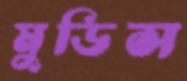
মুডিস